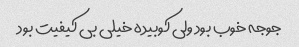
جوجه خوب بود ولی کوبیده خیلی بی کیفیت بود